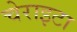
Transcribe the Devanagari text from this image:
चेराइटा